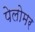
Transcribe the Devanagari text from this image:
पेलोमर